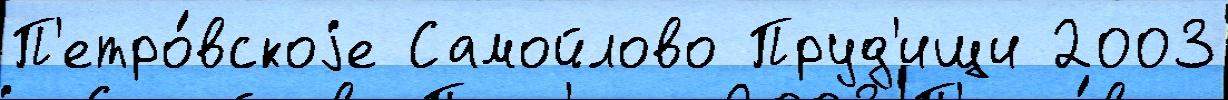
П'етро́вскоjе Самойлово Пруд'ищи 2003